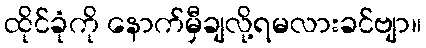
ထိုင်ခုံကို နောက်မှီချလို့ရမလားခင်ဗျာ။